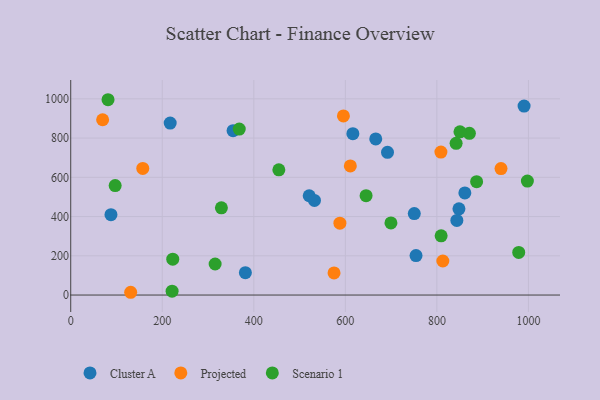
{"axis": {"x": "Price", "y": "Salary"}, "legend": ["Cluster A", "Projected", "Scenario 1"], "data": [{"x": "750.6", "y": 415.0, "type": "Cluster A"}, {"x": "861.1", "y": 520.5, "type": "Cluster A"}, {"x": "616.4", "y": 822.4, "type": "Cluster A"}, {"x": "666.4", "y": 795.7, "type": "Cluster A"}, {"x": "87.9", "y": 409.4, "type": "Cluster A"}, {"x": "848.2", "y": 439.4, "type": "Cluster A"}, {"x": "354.7", "y": 837.7, "type": "Cluster A"}, {"x": "990.5", "y": 963.1, "type": "Cluster A"}, {"x": "843.6", "y": 380.0, "type": "Cluster A"}, {"x": "217.3", "y": 876.4, "type": "Cluster A"}, {"x": "754.4", "y": 201.2, "type": "Cluster A"}, {"x": "521.0", "y": 505.9, "type": "Cluster A"}, {"x": "381.6", "y": 114.1, "type": "Cluster A"}, {"x": "692.1", "y": 727.5, "type": "Cluster A"}, {"x": "532.5", "y": 482.0, "type": "Cluster A"}, {"x": "588.1", "y": 366.2, "type": "Projected"}, {"x": "157.4", "y": 645.2, "type": "Projected"}, {"x": "813.0", "y": 173.5, "type": "Projected"}, {"x": "610.9", "y": 657.9, "type": "Projected"}, {"x": "940.1", "y": 644.3, "type": "Projected"}, {"x": "808.8", "y": 728.7, "type": "Projected"}, {"x": "131.0", "y": 14.1, "type": "Projected"}, {"x": "595.8", "y": 912.9, "type": "Projected"}, {"x": "69.7", "y": 893.3, "type": "Projected"}, {"x": "575.3", "y": 112.8, "type": "Projected"}, {"x": "222.9", "y": 183.0, "type": "Scenario 1"}, {"x": "368.2", "y": 845.9, "type": "Scenario 1"}, {"x": "221.5", "y": 19.5, "type": "Scenario 1"}, {"x": "454.7", "y": 638.1, "type": "Scenario 1"}, {"x": "871.0", "y": 824.0, "type": "Scenario 1"}, {"x": "997.7", "y": 580.7, "type": "Scenario 1"}, {"x": "809.3", "y": 301.7, "type": "Scenario 1"}, {"x": "315.5", "y": 158.2, "type": "Scenario 1"}, {"x": "97.1", "y": 558.0, "type": "Scenario 1"}, {"x": "699.6", "y": 367.6, "type": "Scenario 1"}, {"x": "886.8", "y": 577.7, "type": "Scenario 1"}, {"x": "645.3", "y": 506.3, "type": "Scenario 1"}, {"x": "978.8", "y": 217.1, "type": "Scenario 1"}, {"x": "850.4", "y": 831.6, "type": "Scenario 1"}, {"x": "81.5", "y": 995.3, "type": "Scenario 1"}, {"x": "842.0", "y": 773.2, "type": "Scenario 1"}, {"x": "329.2", "y": 444.3, "type": "Scenario 1"}]}